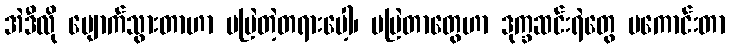
အဲဒီလို ပျောက်သွားတာဟာ မမြဲတဲ့တရားပေါ့၊ မမြဲတာတွေဟာ ဒုက္ခဆင်းရဲတွေ မကောင်းတာ